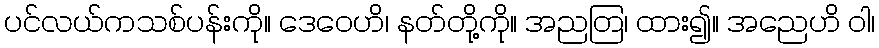
ပင်လယ်ကသစ်ပန်းကို။ ဒေဝေဟိ၊ နတ်တို့ကို။ အညတြ၊ ထား၍။ အညေဟိ ဝါ၊